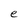
Character: e